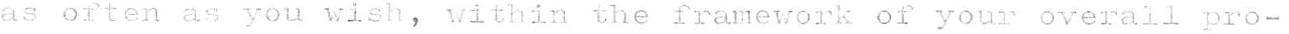
as often as you wish, within the framework of your overall pro-